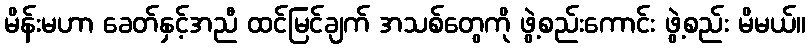
မိန်းမဟာ ခေတ်နှင့်အညီ ထင်မြင်ချက် အသစ်တွေကို ဖွဲ့စည်းကောင်း ဖွဲ့စည်း မိမယ်။